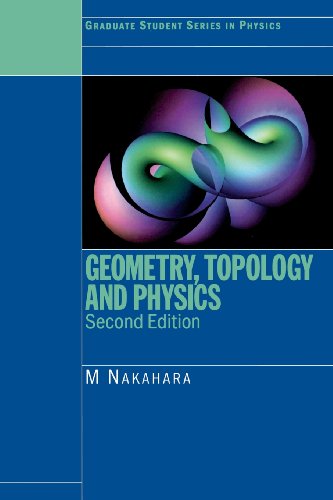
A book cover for Geometry, Topology and Physics, Second Edition (Graduate Student Series in Physics); Mikio Nakahara; Science & Math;